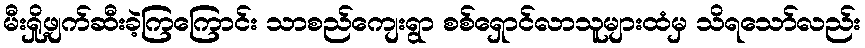
မီးရှို့ဖျက်ဆီးခဲ့ကြကြောင်း သာစည်ကျေးရွာ စစ်ရှောင်လာသူများထံမှ သိရသော်လည်း